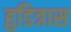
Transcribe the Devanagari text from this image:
हुडित्रास